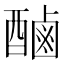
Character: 𮠾